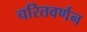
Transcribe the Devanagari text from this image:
चरितवर्णन